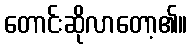
တောင်းဆိုလာတော့၏။